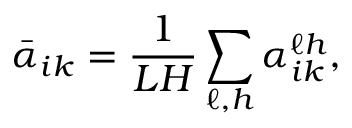
\bar { \alpha } _ { i k } = \frac { 1 } { L H } \sum _ { \ell , h } \alpha _ { i k } ^ { \ell h } ,